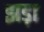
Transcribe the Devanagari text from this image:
झड़ा